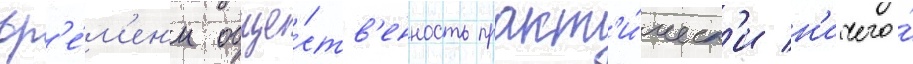
вр'е́м'ен'и обще́ств'енность практ'и́ческ'и н'ичего́